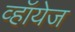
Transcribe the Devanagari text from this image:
व्हॉयेज